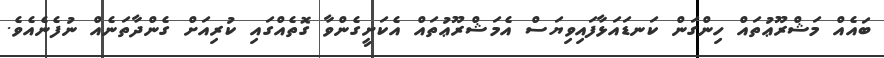
ބައެއް މަޝްރޫޢުތައް ހިންގަން ކަނޑައަޅާފައިވިޔަސް އެމަޝްރޫޢުތައް އެކަށީގެންވާ ގޮތެއްގައި ކުރިއަށް ގެންދާތަނެއް ނުފެނެއެވެ.